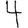
Digit: 4